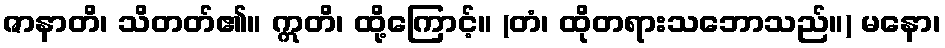
ဇာနာတိ၊ သိတတ်၏။ ဣတိ၊ ထို့ကြောင့်။ (တံ၊ ထိုတရားသဘောသည်။) မနော၊